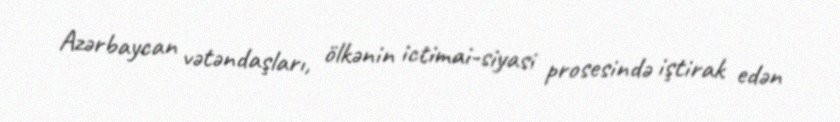
Azərbaycan vətəndaşları, ölkənin ictimai-siyasi prosesində iştirak edən